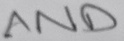
Text: AND